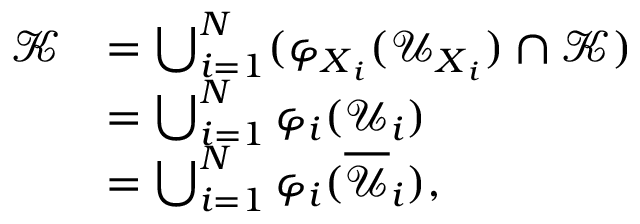
\begin{array} { r l } { \mathcal { K } } & { = \bigcup _ { i = 1 } ^ { N } ( \varphi _ { { \boldsymbol { X } } _ { i } } ( \mathcal { U } _ { { \boldsymbol { X } } _ { i } } ) \cap \mathcal { K } ) } \\ & { = \bigcup _ { i = 1 } ^ { N } \varphi _ { i } ( \mathcal { U } _ { i } ) } \\ & { = \bigcup _ { i = 1 } ^ { N } \varphi _ { i } ( \overline { { \mathcal { U } } } _ { i } ) , } \end{array}